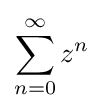
\sum _{n=0}^{\infty }z^{n}